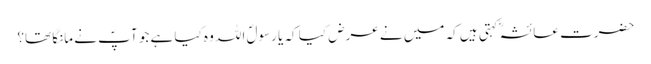
حضرت عائشہؓ کہتی ہیں کہ میں نے عرض کیا کہ یا رسولؐ اللہ وہ کیا ہے جو آپؐ نے مانگا تھا؟